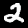
Digit: 2